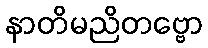
နာတိမညိတဗ္ဗော